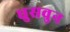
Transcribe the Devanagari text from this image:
घुसवुन